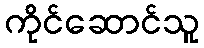
ကိုင်ဆောင်သူ